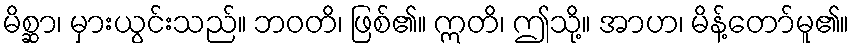
မိစ္ဆာ၊ မှားယွင်းသည်။ ဘဝတိ၊ ဖြစ်၏။ ဣတိ၊ ဤသို့။ အာဟ၊ မိန့်တော်မူ၏။